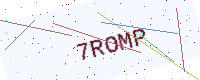
Text: 7ROMP